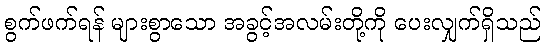
စွက်ဖက်ရန် များစွာသော အခွင့်အလမ်းတို့ကို ပေးလျှက်ရှိသည်